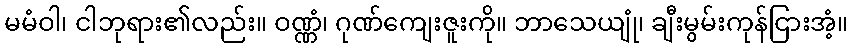
မမံဝါ၊ ငါဘုရား၏လည်း။ ဝဏ္ဏံ၊ ဂုဏ်ကျေးဇူးကို။ ဘာသေယျုံ၊ ချီးမွမ်းကုန်ငြားအံ့။